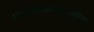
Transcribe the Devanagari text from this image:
संगणकीकरणाकरिता